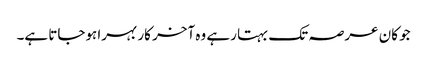
جو کان عرصہ تک بہتا رہے وہ آخر کار بہرا ہوجاتا ہے۔